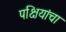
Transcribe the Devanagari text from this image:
पक्षियांचा